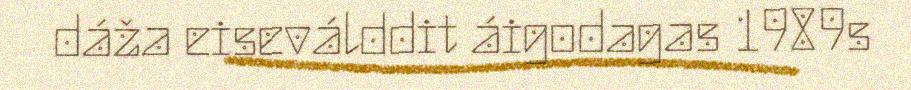
dáža eiseválddit áigodagas 1989s